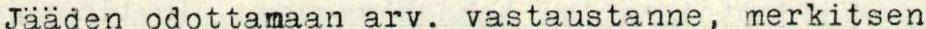
Jääden odottamaan arv. vastaustanne, merkitsen